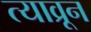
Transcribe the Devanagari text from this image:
त्याव्रून